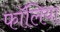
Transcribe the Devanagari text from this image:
फॉलिया